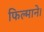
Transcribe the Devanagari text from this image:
फिल्माने।